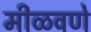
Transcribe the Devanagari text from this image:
मीळवणे